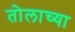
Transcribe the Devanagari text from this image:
तोलाच्या